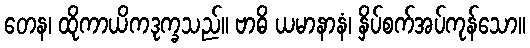
တေန၊ ထိုကာယိကဒုက္ခသည်။ ဗာဓိ ယမာနာနံ၊ နှိပ်စက်အပ်ကုန်သော။